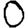
Digit: 0